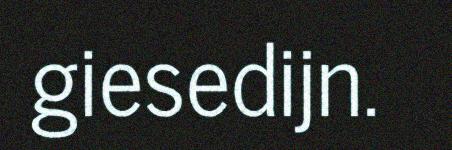
giesedijn.